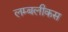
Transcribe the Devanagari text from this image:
लम्बलीकस